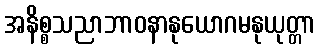
အနိစ္စသညာဘာဝနာနုယောဂမနုယုတ္တာ